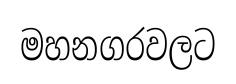
මහනගරවලට